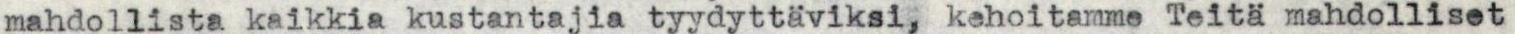
mahdollista kaikkia kustantajia tyydyttäviksi, kehoitamme Teitä mahdolliset